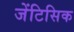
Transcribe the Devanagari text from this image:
जेंटिसिक